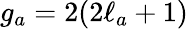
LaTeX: g_{a}=2(2\ell_{a}+1)